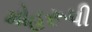
મોહરૂપી